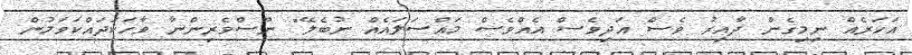
އަހަރެއް ނިމިގެން ދާއިރު ވެސް އަދިވެސް އެއްވެސް މައްސަލައެއް ނުބެލޭ" ނޫސްވެރިންނާ ވާހަކަދައްކަވަމުން